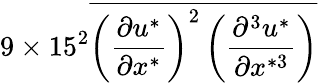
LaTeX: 9\times 15^{2}\overline{{\left(\frac{\partial u^{*}}{\partial x^{*}}\right)^{2}\left(\frac{\partial^{3}u^{*}}{\partial x^{*3}}\right)}}